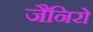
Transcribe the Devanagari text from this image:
जैनिरो